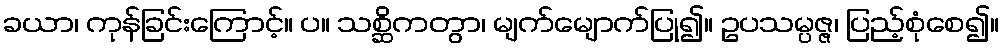
ခယာ၊ ကုန်ခြင်းကြောင့်။ ပ။ သစ္ဆိကတွာ၊ မျက်မျောက်ပြု၍။ ဥပသမ္ပဇ္ဇ၊ ပြည့်စုံစေ၍။